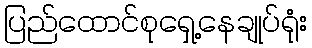
ပြည်ထောင်စုရှေ့နေချုပ်ရုံး